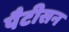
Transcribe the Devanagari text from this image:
पैटीसन